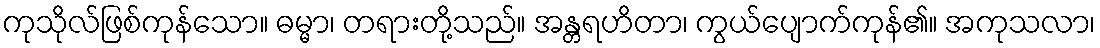
ကုသိုလ်ဖြစ်ကုန်သော။ ဓမ္မာ၊ တရားတို့သည်။ အန္တရဟိတာ၊ ကွယ်ပျောက်ကုန်၏။ အကုသလာ၊